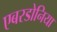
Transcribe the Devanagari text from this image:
एबरडोनिया